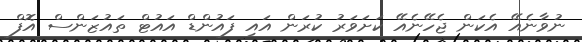
ނުވާނެއޭ އެކަން ޖެހޭނެއޭ ކަށަވަރު ކުރަން އައި ފައުންޑް އައުޓް ތައުޒަންސް އޮފް